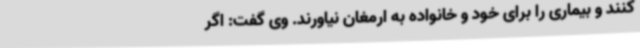
کنند و بیماری را برای خود و خانواده به ارمغان نیاورند. وی گفت: اگر